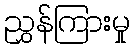
ညွှန်ကြားမှု